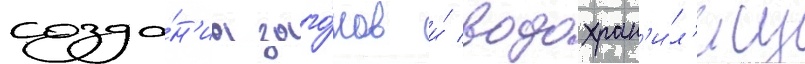
созда́н'иа заго́нов и́ водохран'и́л'ищ